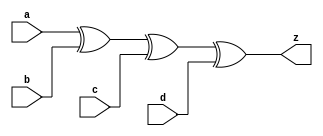
// This program was cloned from: https://github.com/aolofsson/oh
// License: MIT License

//#############################################################################
//# Function: 4-Input Exclusive-Or Gate                                       #
//# Copyright: OH Project Authors. ALl rights Reserved.                       #
//# License:  MIT (see LICENSE file in OH repository)                         # 
//#############################################################################

module oh_xor4 #(parameter DW = 1 ) // array width
   (
    input [DW-1:0]  a,
    input [DW-1:0]  b,
    input [DW-1:0]  c,
    input [DW-1:0]  d,
    output [DW-1:0] z
    );
   
   assign z =  a ^ b ^ c ^ d;
   
endmodule